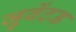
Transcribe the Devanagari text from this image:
जुवेंटड